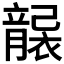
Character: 𥫄